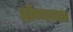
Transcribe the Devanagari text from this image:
होन्नम्मा